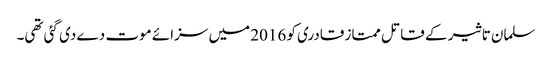
سلمان تاثیر کے قاتل ممتاز قادری کو 2016 میں سزائے موت دے دی گئی تھی۔